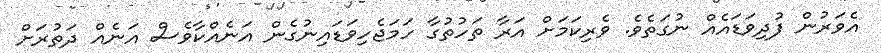
އެވަރުން ފުދިވަޑައެއް ނުގަތެވެ. ވެރިކަމަށް އަރާ ތަހުތުގާ ހަމަޖެހިވަޑައިނުގެން އަނެއްކާވެސް އަނެއް ދަތުރަށް